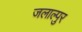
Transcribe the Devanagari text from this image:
जलाल्पुर